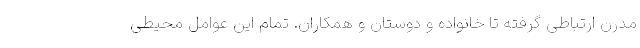
مدرن ارتباطی گرفته تا خانواده و دوستان و همکاران. تمام این عوامل محیطی